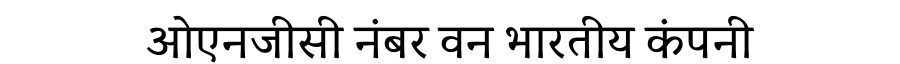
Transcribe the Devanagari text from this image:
ओएनजीसी नंबर वन भारतीय कंपनी